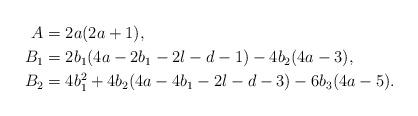
LaTeX: \begin{align*} A &= 2a(2a+1), \\ B_1 &= 2b_1(4a-2b_1-2l-d-1) - 4b_2(4a-3), \\ B_2 &= 4b_1^2 + 4b_2(4a-4b_1-2l-d-3) - 6b_3(4a-5).\end{align*}